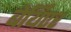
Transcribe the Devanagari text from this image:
बेर्थिएर